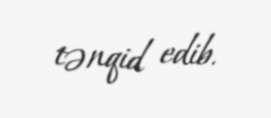
tənqid edib.